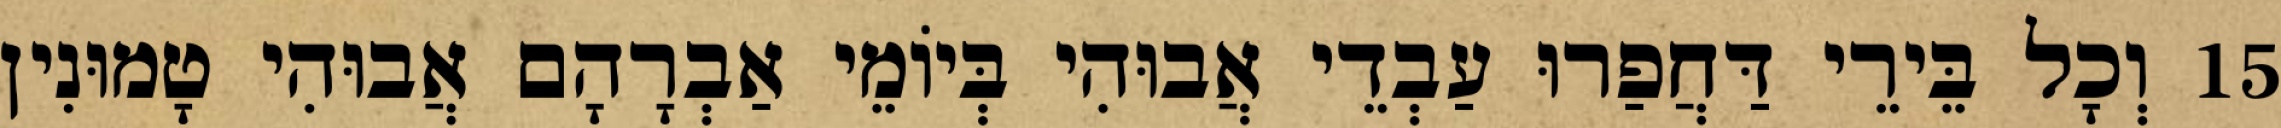
15 וְכָל בֵּירֵי דַּחֲפַרוּ עַבְדֵי אֲבוּהִי בְּיוֹמֵי אַבְרָהָם אֲבוּהִי טָמוּנִין